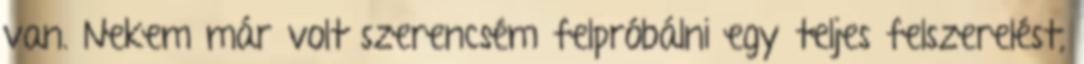
van. Nekem már volt szerencsém felpróbálni egy teljes felszerelést,